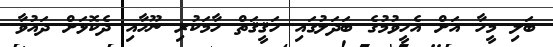
ބަލި މީހާ އަށް އެހީވުމުގެ ބަދަލުގައި ހަޤީޤަތް ހާމަކުރި ނޫހާއި ދެކޮޅަށް ދައުވާ